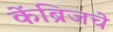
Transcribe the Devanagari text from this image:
केंब्रिजचे